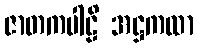
ဇာတကပါဠိ အဋ္ဌကထာ